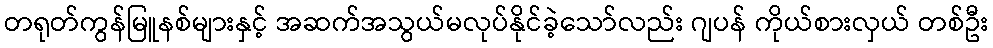
တရုတ်ကွန်မြူနစ်များနှင့် အဆက်အသွယ်မလုပ်နိုင်ခဲ့သော်လည်း ဂျပန် ကိုယ်စားလှယ် တစ်ဦး